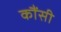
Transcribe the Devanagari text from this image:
कौंसी